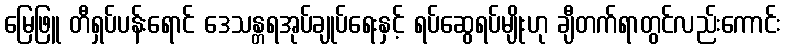
မြေဖြူ တီရှပ်ပန်းရောင် ဒေသန္တရအုပ်ချုပ်ရေးနှင့် ရပ်ဆွေရပ်မျိုးဟု ချီတက်ရာတွင်လည်းကောင်း